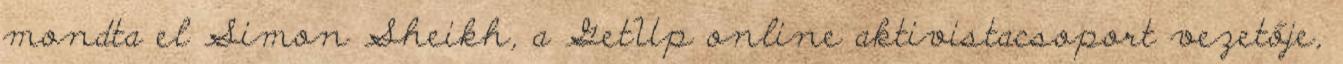
mondta el Simon Sheikh, a GetUp online aktivistacsoport vezetője,